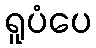
ရူပံပေ